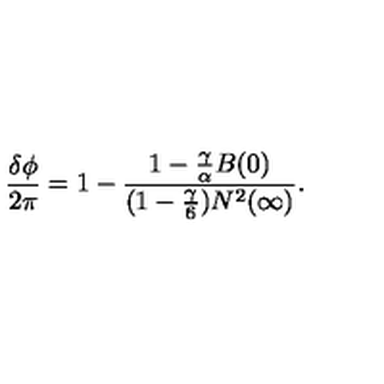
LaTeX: \frac { \delta \phi } { 2 \pi } = 1 - \frac { 1 - \frac { \gamma } { \alpha } B ( 0 ) } { ( 1 - { \frac { \gamma } { 6 } } ) N ^ { 2 } ( \infty ) } .